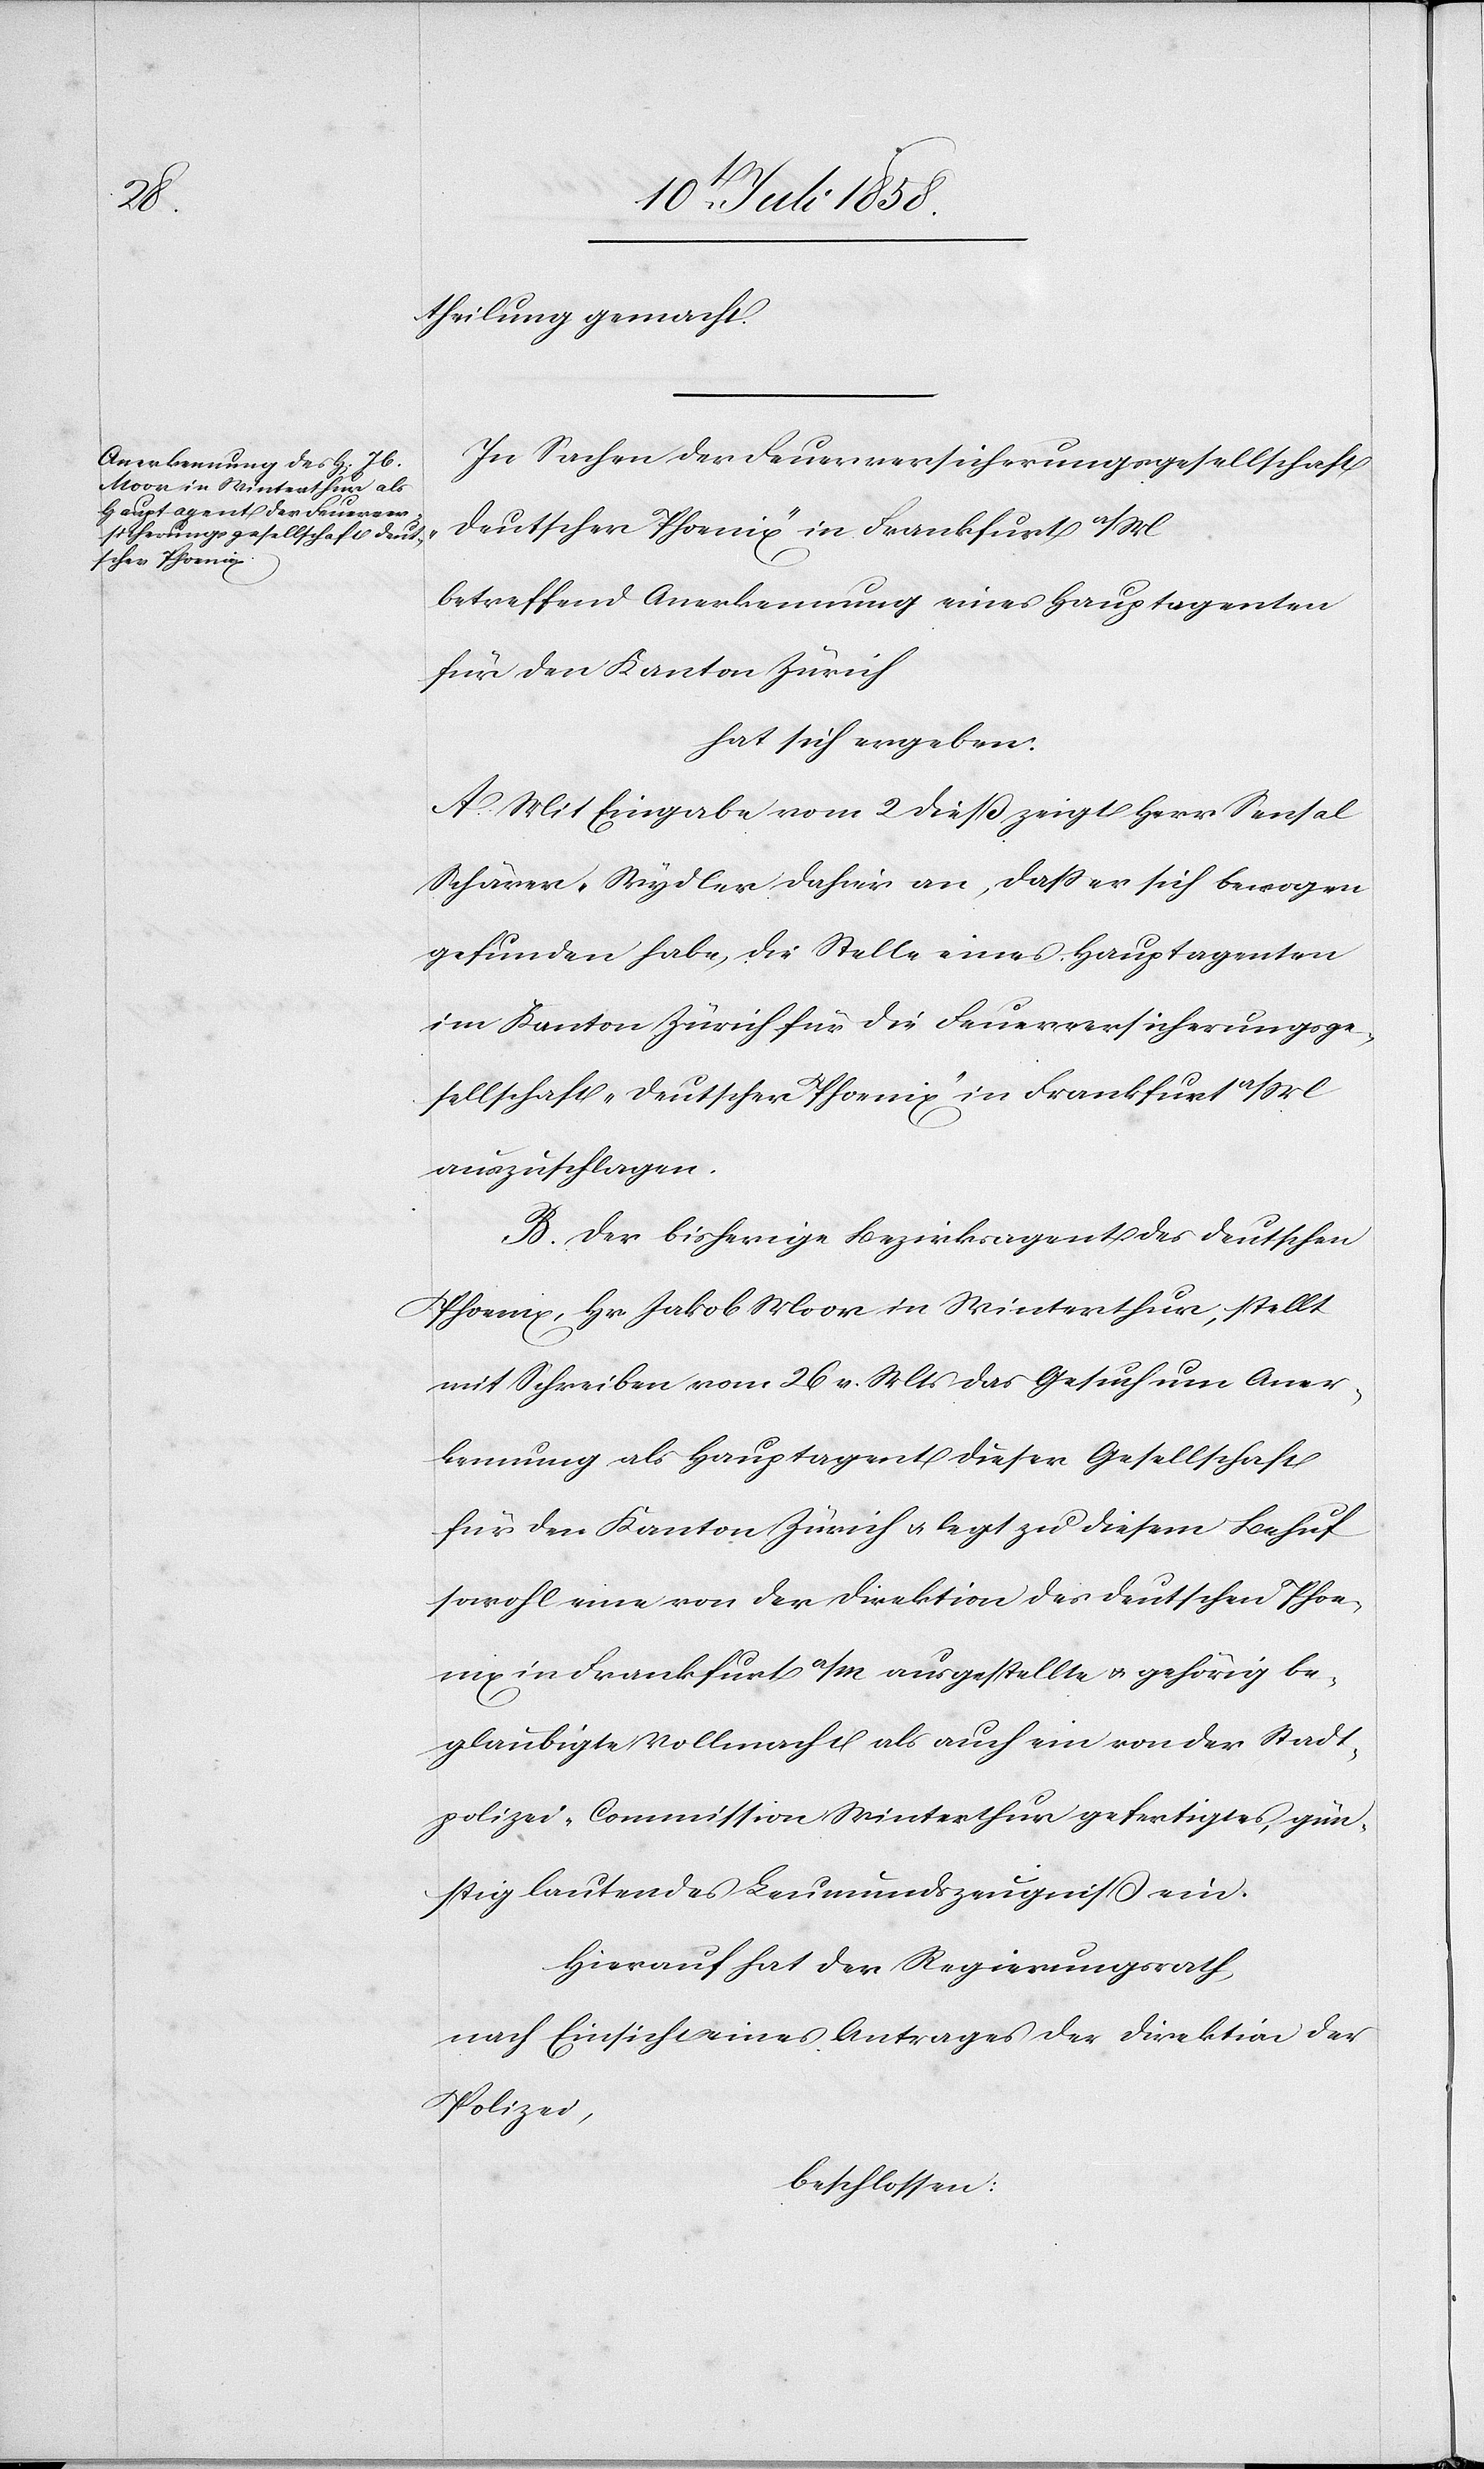
theilung gemacht.
In Sachen der Feuerversicherungsgesellschaft
„deutscher Phoenix“ in Frankfurt a/M
betreffend Anerkennung eines Hauptagenten
für den Kanton Zürich
hat sich ergeben:
A. Mit Eingabe vom 2 dieß zeigt Herr Sensal
Schärer-Wydler dahier an, dass er sich bewogen
gefunden habe, die Stelle eines Hauptagenten
im Kanton Zürich für die Feuerversicherungsge¬
sellschaft „deutscher Phoenix“ in Frankfurt a/M
auszuschlagen.
B. Der bisherige Bezirksagent des deutschen
Phoenix, Hr. Jakob Moor in Winterthur, stellt
mit Schreiben vom 26 v. Mts das Gesuch um Aner¬
kennung als Hauptagent dieser Gesellschaft
für den Kanton Zürich & legt zu diesem Behuf
sowohl eine von der Direktion des deutschen Phoe¬
nix in Frankfurt a/M ausgestellte & gehörig be¬
glaubigte Vollmacht als auch ein von der Stadt¬
polizei-Commission Winterthur gefertigtes, gün¬
stig lautendes Leumundszeugniß ein.
Hierauf hat der Regierungsrath
nach Einsicht eines Antrages der Direktion der
Polizei,
beschlossen: